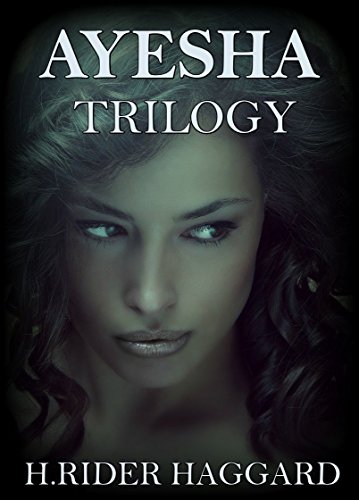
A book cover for Ayesha Trilogy: Boxed Set; H. Rider Haggard; Teen & Young Adult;